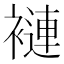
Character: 褳